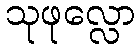
သုဖုလ္လော